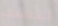
الخلافات